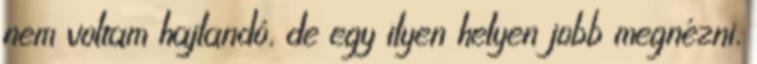
nem voltam hajlandó, de egy ilyen helyen jobb megnézni,